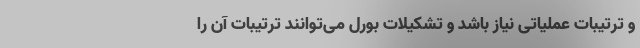
و ترتیبات عملیاتی نیاز باشد و تشکیلات بورل می‌توانند ترتیبات آن را